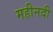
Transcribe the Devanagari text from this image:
महीनदी